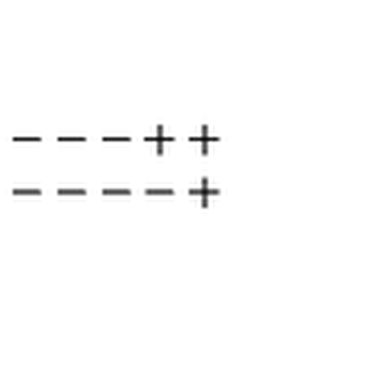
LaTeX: \begin{array} { c } { --- + + } \\ { --- - + } \\ \end{array}